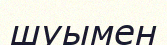
шуымен